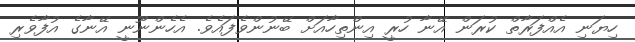
ހިޔަނި އެއްފަރާތް ކުރަން އޭނާ ހުރީ އިންތިހާއަށް ބޭނުންވެފައެވެ. އެހެންނޫނީ އޭނާގެ އުފާވެރި